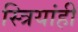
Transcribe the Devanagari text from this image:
स्त्रियांही